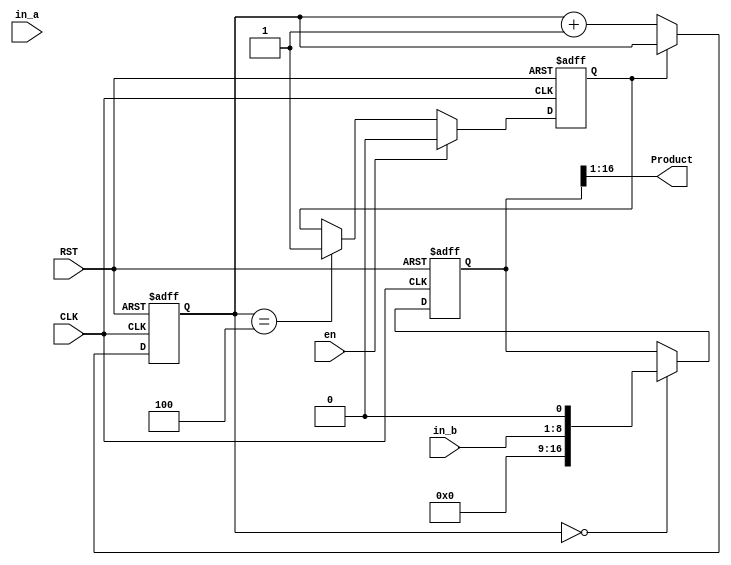

`timescale 1ns/1ps

module lab(
	CLK, 
	RST,
	en,
	in_a, 
	in_b, 
	Product
);
// in_a * in_b = Product
// in_a is Multiplicand , in_b is Multiplier
					

input 			CLK, RST;
input			en;
input 	[7:0]	in_a;			// Multiplicand
input  	[7:0]	in_b;			// Multiplier
output	[15:0]  	Product;

reg 		  [7:0] Mplicand;		
reg signed [16:0]	Product_booth;
reg 		  [2:0]  Counter;
assign Product = Product_booth[16:1];
reg mpy_done;

always @(posedge CLK or posedge RST) begin
	if(RST)
		mpy_done <= 1'b1;
	else if(en)
		mpy_done <= 1'b0;
	else if(Counter==3'd4)
		mpy_done <= 1'b1;
	else
		mpy_done <= mpy_done;
end
//Counter
always @(posedge CLK or posedge RST)
begin
	if (RST)
		Counter <= 3'b0;
	else if (~mpy_done)
		Counter <= Counter + 1'b1;
	else
		Counter <= Counter;
end

//Product
always @(posedge CLK or posedge RST)
begin
	if (RST) begin
		Product_booth  <= 17'b0;
		Mplicand <= 8'b0;
	end

	else if (Counter == 3'd0) begin
		Mplicand <= in_a;
		Product_booth <= {8'b0, in_b, 1'b0};	
	end
	
	else if (Counter <= 3'd4)begin
	/**
	Your design
	**/
	end
	else begin
		Product_booth <= Product_booth;
		Mplicand	<= Mplicand;
	end
end

endmodule